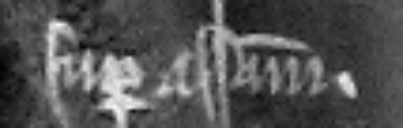
super assisam.